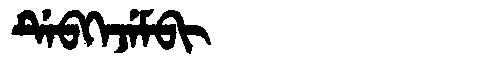
Manchu: ᡩᡝᠪᡴᡝᠵᡝᠮᠪᡳ
Romanization: DEBKEJEMBI